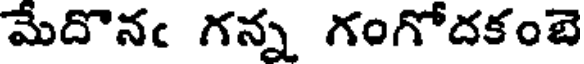
మేదొనఁ గన్న గంగోదకంబె